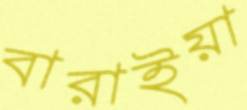
বারাইয়া